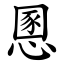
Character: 慁